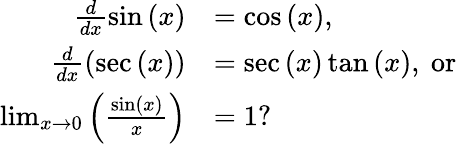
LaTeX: \begin{array}{rl}{\frac{d}{dx}\sin\left(x\right)}&{=\cos\left(x\right),}\\ {\frac{d}{dx}\left(\sec\left(x\right)\right)}&{=\sec\left(x\right)\tan\left(x\right),\mathrm{~or~}}\\ {\operatorname*{lim}_{x\to 0}\left(\frac{\sin\left(x\right)}{x}\right)}&{=1?}\end{array}